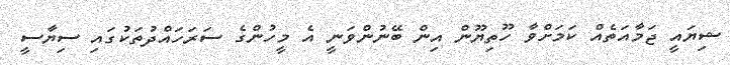
ޝިޔައީ ޖަމާއަތެއް ކަމަށްވާ ހޫތިޔޫން އިން ބޭނުންވަނީ އެ މީހުންގެ ސަރަހައްދުތަކުގައި ސިޔާސީ